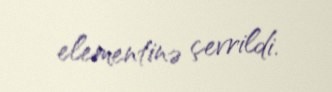
elementinə çevrildi.